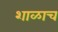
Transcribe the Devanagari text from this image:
शाळाच